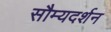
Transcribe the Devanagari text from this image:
सौम्यदर्शन